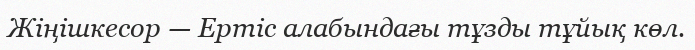
Жіңішкесор — Ертіс алабындағы тұзды тұйық көл.